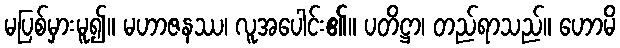
မပြစ်မှားမူ၍။ မဟာဇနဿ၊ လူအပေါင်း၏။ ပတိဋ္ဌာ၊ တည်ရာသည်။ ဟောမိ